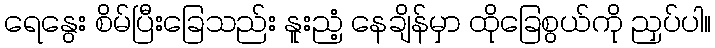
ရေနွေး စိမ်ပြီးခြေသည်း နူးညံ့ နေချိန်မှာ ထိုခြေစွယ်ကို ညှပ်ပါ။